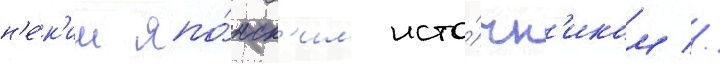
н'е́к'им япо́нск'им исто́чн'иком //